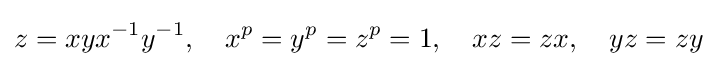
z=xyx^{-1}y^{-1},\quad x^{p}=y^{p}=z^{p}=1,\quad xz=zx,\quad yz=zy